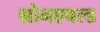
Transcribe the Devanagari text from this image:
ग्रोनएवल्ड